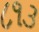
૮૧૩